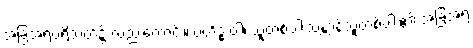
အခြံအရံပရိသတ်၌ လည်းကောင်း။ ဗဟိဒ္ဓ ဝါ၊ သူတစ်ပါးသန္တာန်သူတစ်ပါး၏ အခြံအရံ